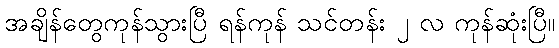
အချိန်တွေကုန်သွားပြီ ရန်ကုန် သင်တန်း ၂ လ ကုန်ဆုံးပြီ။